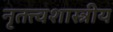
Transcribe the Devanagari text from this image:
नृतत्त्वशास्त्रीय